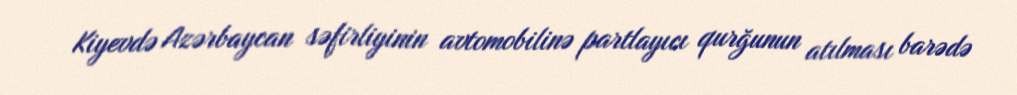
Kiyevdə Azərbaycan səfirliyinin avtomobilinə partlayıcı qurğunun atılması barədə